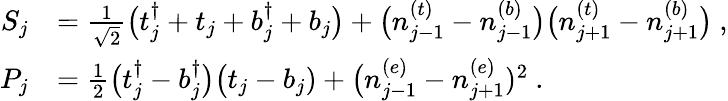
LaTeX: \begin{array}{rl}{S_{j}}&{=\frac{1}{\sqrt 2}\big(t_{j}^{\dagger}+t_{j}+b_{j}^{\dagger}+b_{j}\big)+\big(n_{j-1}^{(t)}-n_{j-1}^{(b)}\big)\big(n_{j+1}^{(t)}-n_{j+1}^{(b)}\big)\ ,}\\ {P_{j}}&{=\frac 12\big(t_{j}^{\dagger}-b_{j}^{\dagger}\big)\big(t_{j}-b_{j})+\big(n_{j-1}^{(e)}-n_{j+1}^{(e)})^{2}\ .}\end{array}